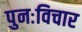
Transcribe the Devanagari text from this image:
पुनःविचार